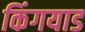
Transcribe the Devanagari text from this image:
किंगयाड